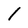
Character: 1